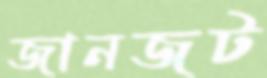
জানজট